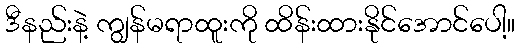
ဒီနည်းနဲ့ ကျွန်မရာထူးကို ထိန်းထားနိုင်အောင်ပေါ့။